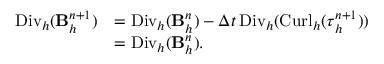
\begin{array} { r l } { { \mathrm { D i v } _ { h } } ( \mathbf B _ { h } ^ { n + 1 } ) } & { = { \mathrm { D i v } _ { h } } ( \mathbf B _ { h } ^ { n } ) - \Delta t \, { \mathrm { D i v } _ { h } } ( { \mathrm { C u r l } _ { h } } ( \boldsymbol { \tau } _ { h } ^ { n + 1 } ) ) } \\ & { = { \mathrm { D i v } _ { h } } ( \mathbf B _ { h } ^ { n } ) . } \end{array}